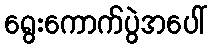
ရွေးကောက်ပွဲအပေါ်